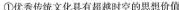
①优秀传统文化具有超越时空的思想价值